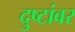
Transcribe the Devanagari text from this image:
दुष्टांवर